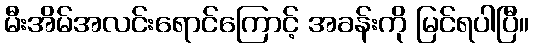
မီးအိမ်အလင်းရောင်ကြောင့် အခန်းကို မြင်ရပါပြီ။